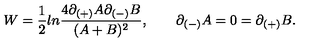
W = { \frac { 1 } { 2 } } l n { \frac { 4 \partial _ { ( + ) } A \partial _ { ( - ) } B } { ( A + B ) ^ { 2 } } } , \qquad \partial _ { ( - ) } A = 0 = \partial _ { ( + ) } B .